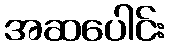
အဆပေါင်း